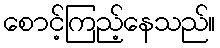
စောင့်ကြည့်နေသည်။